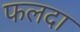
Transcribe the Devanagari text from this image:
फलदा